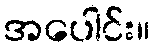
အပေါင်း။